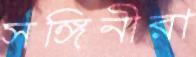
সঙ্গিনীরা